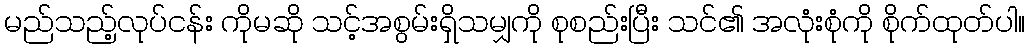
မည်သည့်လုပ်ငန်း ကိုမဆို သင့်အစွမ်းရှိသမျှကို စုစည်းပြီး သင်၏ အလုံးစုံကို စိုက်ထုတ်ပါ။